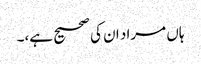
ہاں مراد ان کی صحیح ہے،۔